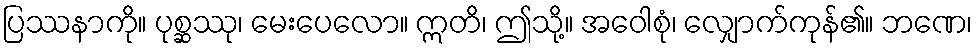
ပြဿနာကို။ ပုစ္ဆဿု၊ မေးပေလော။ ဣတိ၊ ဤသို့။ အဝေါစုံ၊ လျှောက်ကုန်၏။ ဘဏေ၊